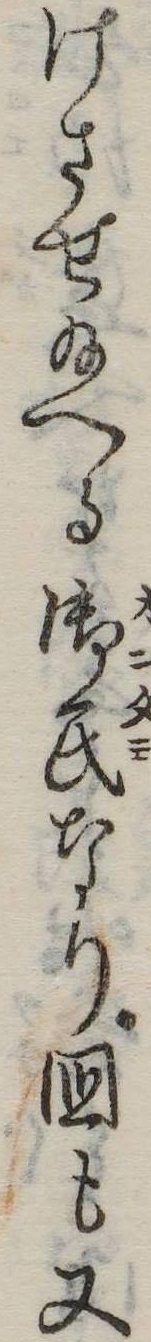
けさせ給へる御民なり国も又